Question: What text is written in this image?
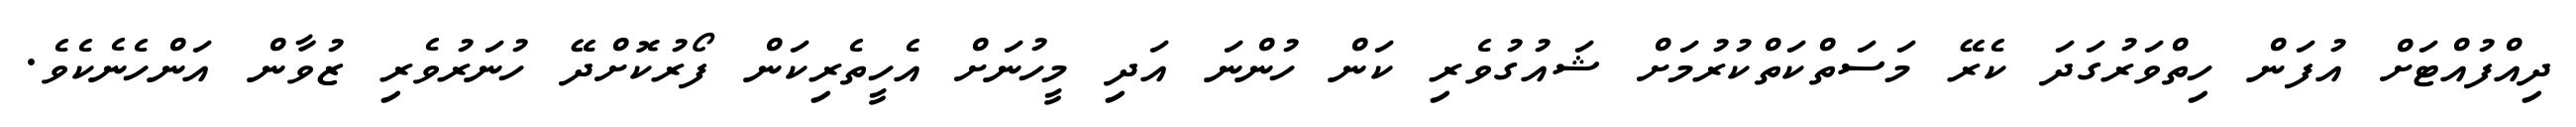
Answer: ދިއްފުއްޓަށް އުފަން ހިތްވަރުގަދަ ކެރޭ މަސަތްކަތްކުރުމަށް ޝައުގުވެރި ކަން ހުންނަ އަދި މީހުނަށް އެހީތެރިކަން ފޯރުކޮށްދޭ ހުނަރުވެރި ޒުވާން އަންހެނެކެވެ.